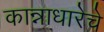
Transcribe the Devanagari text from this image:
कान्नाधारेचे